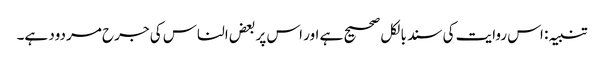
تنبیہ: اس روایت کی سند بالکل صحیح ہے اور اس پر بعض الناس کی جرح مردود ہے۔